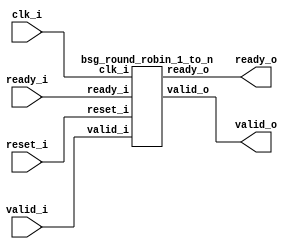
// This program was cloned from: https://github.com/chipsalliance/synlig
// License: Apache License 2.0



module top
(
  clk_i,
  reset_i,
  valid_i,
  ready_o,
  valid_o,
  ready_i
);

  output [1:0] valid_o;
  input [1:0] ready_i;
  input clk_i;
  input reset_i;
  input valid_i;
  output ready_o;

  bsg_round_robin_1_to_n
  wrapper
  (
    .valid_o(valid_o),
    .ready_i(ready_i),
    .clk_i(clk_i),
    .reset_i(reset_i),
    .valid_i(valid_i),
    .ready_o(ready_o)
  );


endmodule



module bsg_circular_ptr_slots_p2_max_add_p1
(
  clk,
  reset_i,
  add_i,
  o,
  n_o
);

  input [0:0] add_i;
  output [0:0] o;
  output [0:0] n_o;
  input clk;
  input reset_i;
  wire [0:0] o,n_o,\genblk1.genblk1.ptr_r_p1 ;
  wire N0,N1,N2;
  reg o_0_sv2v_reg;
  assign o[0] = o_0_sv2v_reg;
  assign \genblk1.genblk1.ptr_r_p1 [0] = o[0] ^ 1'b1;
  assign n_o[0] = (N0)? \genblk1.genblk1.ptr_r_p1 [0] : 
                  (N1)? o[0] : 1'b0;
  assign N0 = add_i[0];
  assign N1 = N2;
  assign N2 = ~add_i[0];

  always @(posedge clk) begin
    if(reset_i) begin
      o_0_sv2v_reg <= 1'b0;
    end else if(1'b1) begin
      o_0_sv2v_reg <= n_o[0];
    end 
  end


endmodule



module bsg_round_robin_1_to_n
(
  clk_i,
  reset_i,
  valid_i,
  ready_o,
  valid_o,
  ready_i
);

  output [1:0] valid_o;
  input [1:0] ready_i;
  input clk_i;
  input reset_i;
  input valid_i;
  output ready_o;
  wire [1:0] valid_o;
  wire ready_o,N0,\one_to_n.yumi_i ,N1,sv2v_dc_1;
  wire [0:0] \one_to_n.ptr_r ;

  bsg_circular_ptr_slots_p2_max_add_p1
  \one_to_n.circular_ptr 
  (
    .clk(clk_i),
    .reset_i(reset_i),
    .add_i(\one_to_n.yumi_i ),
    .o(\one_to_n.ptr_r [0]),
    .n_o(sv2v_dc_1)
  );

  assign valid_o = { 1'b0, valid_i } << \one_to_n.ptr_r [0];
  assign ready_o = (N1)? ready_i[0] : 
                   (N0)? ready_i[1] : 1'b0;
  assign N0 = \one_to_n.ptr_r [0];
  assign \one_to_n.yumi_i  = valid_i & ready_o;
  assign N1 = ~\one_to_n.ptr_r [0];

endmodule